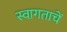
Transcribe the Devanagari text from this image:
स्वागताचें